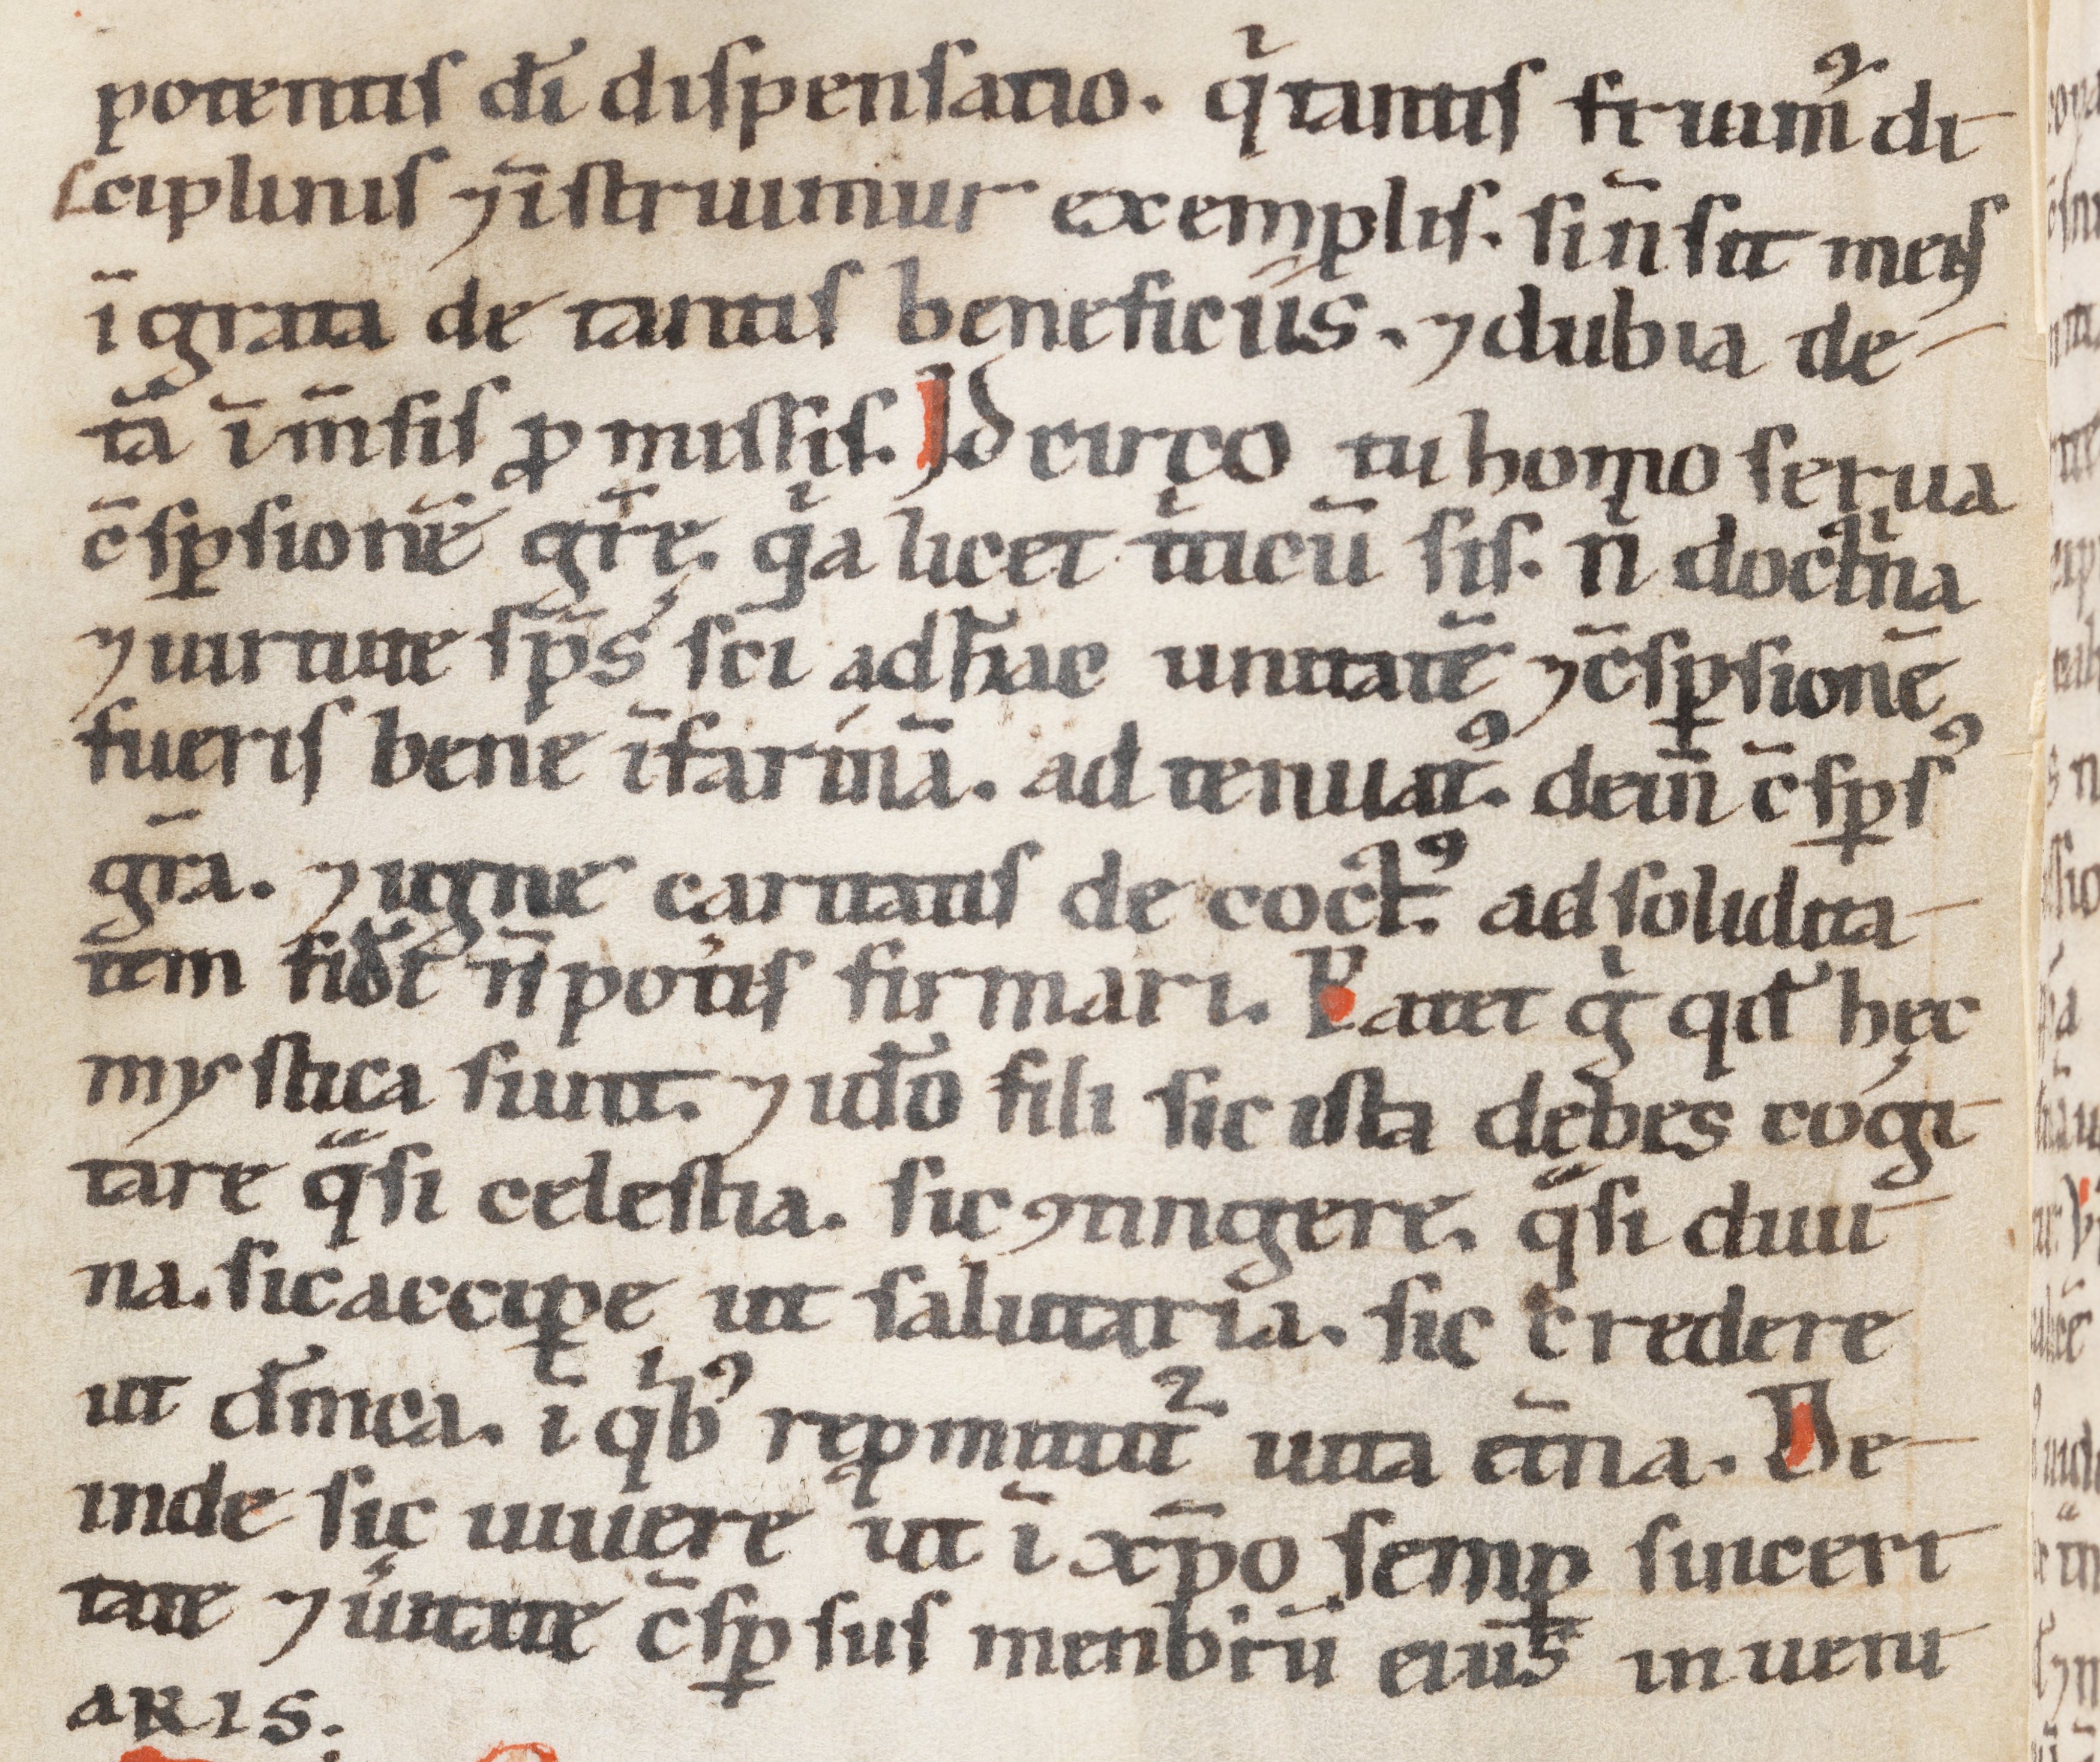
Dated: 1100–1199